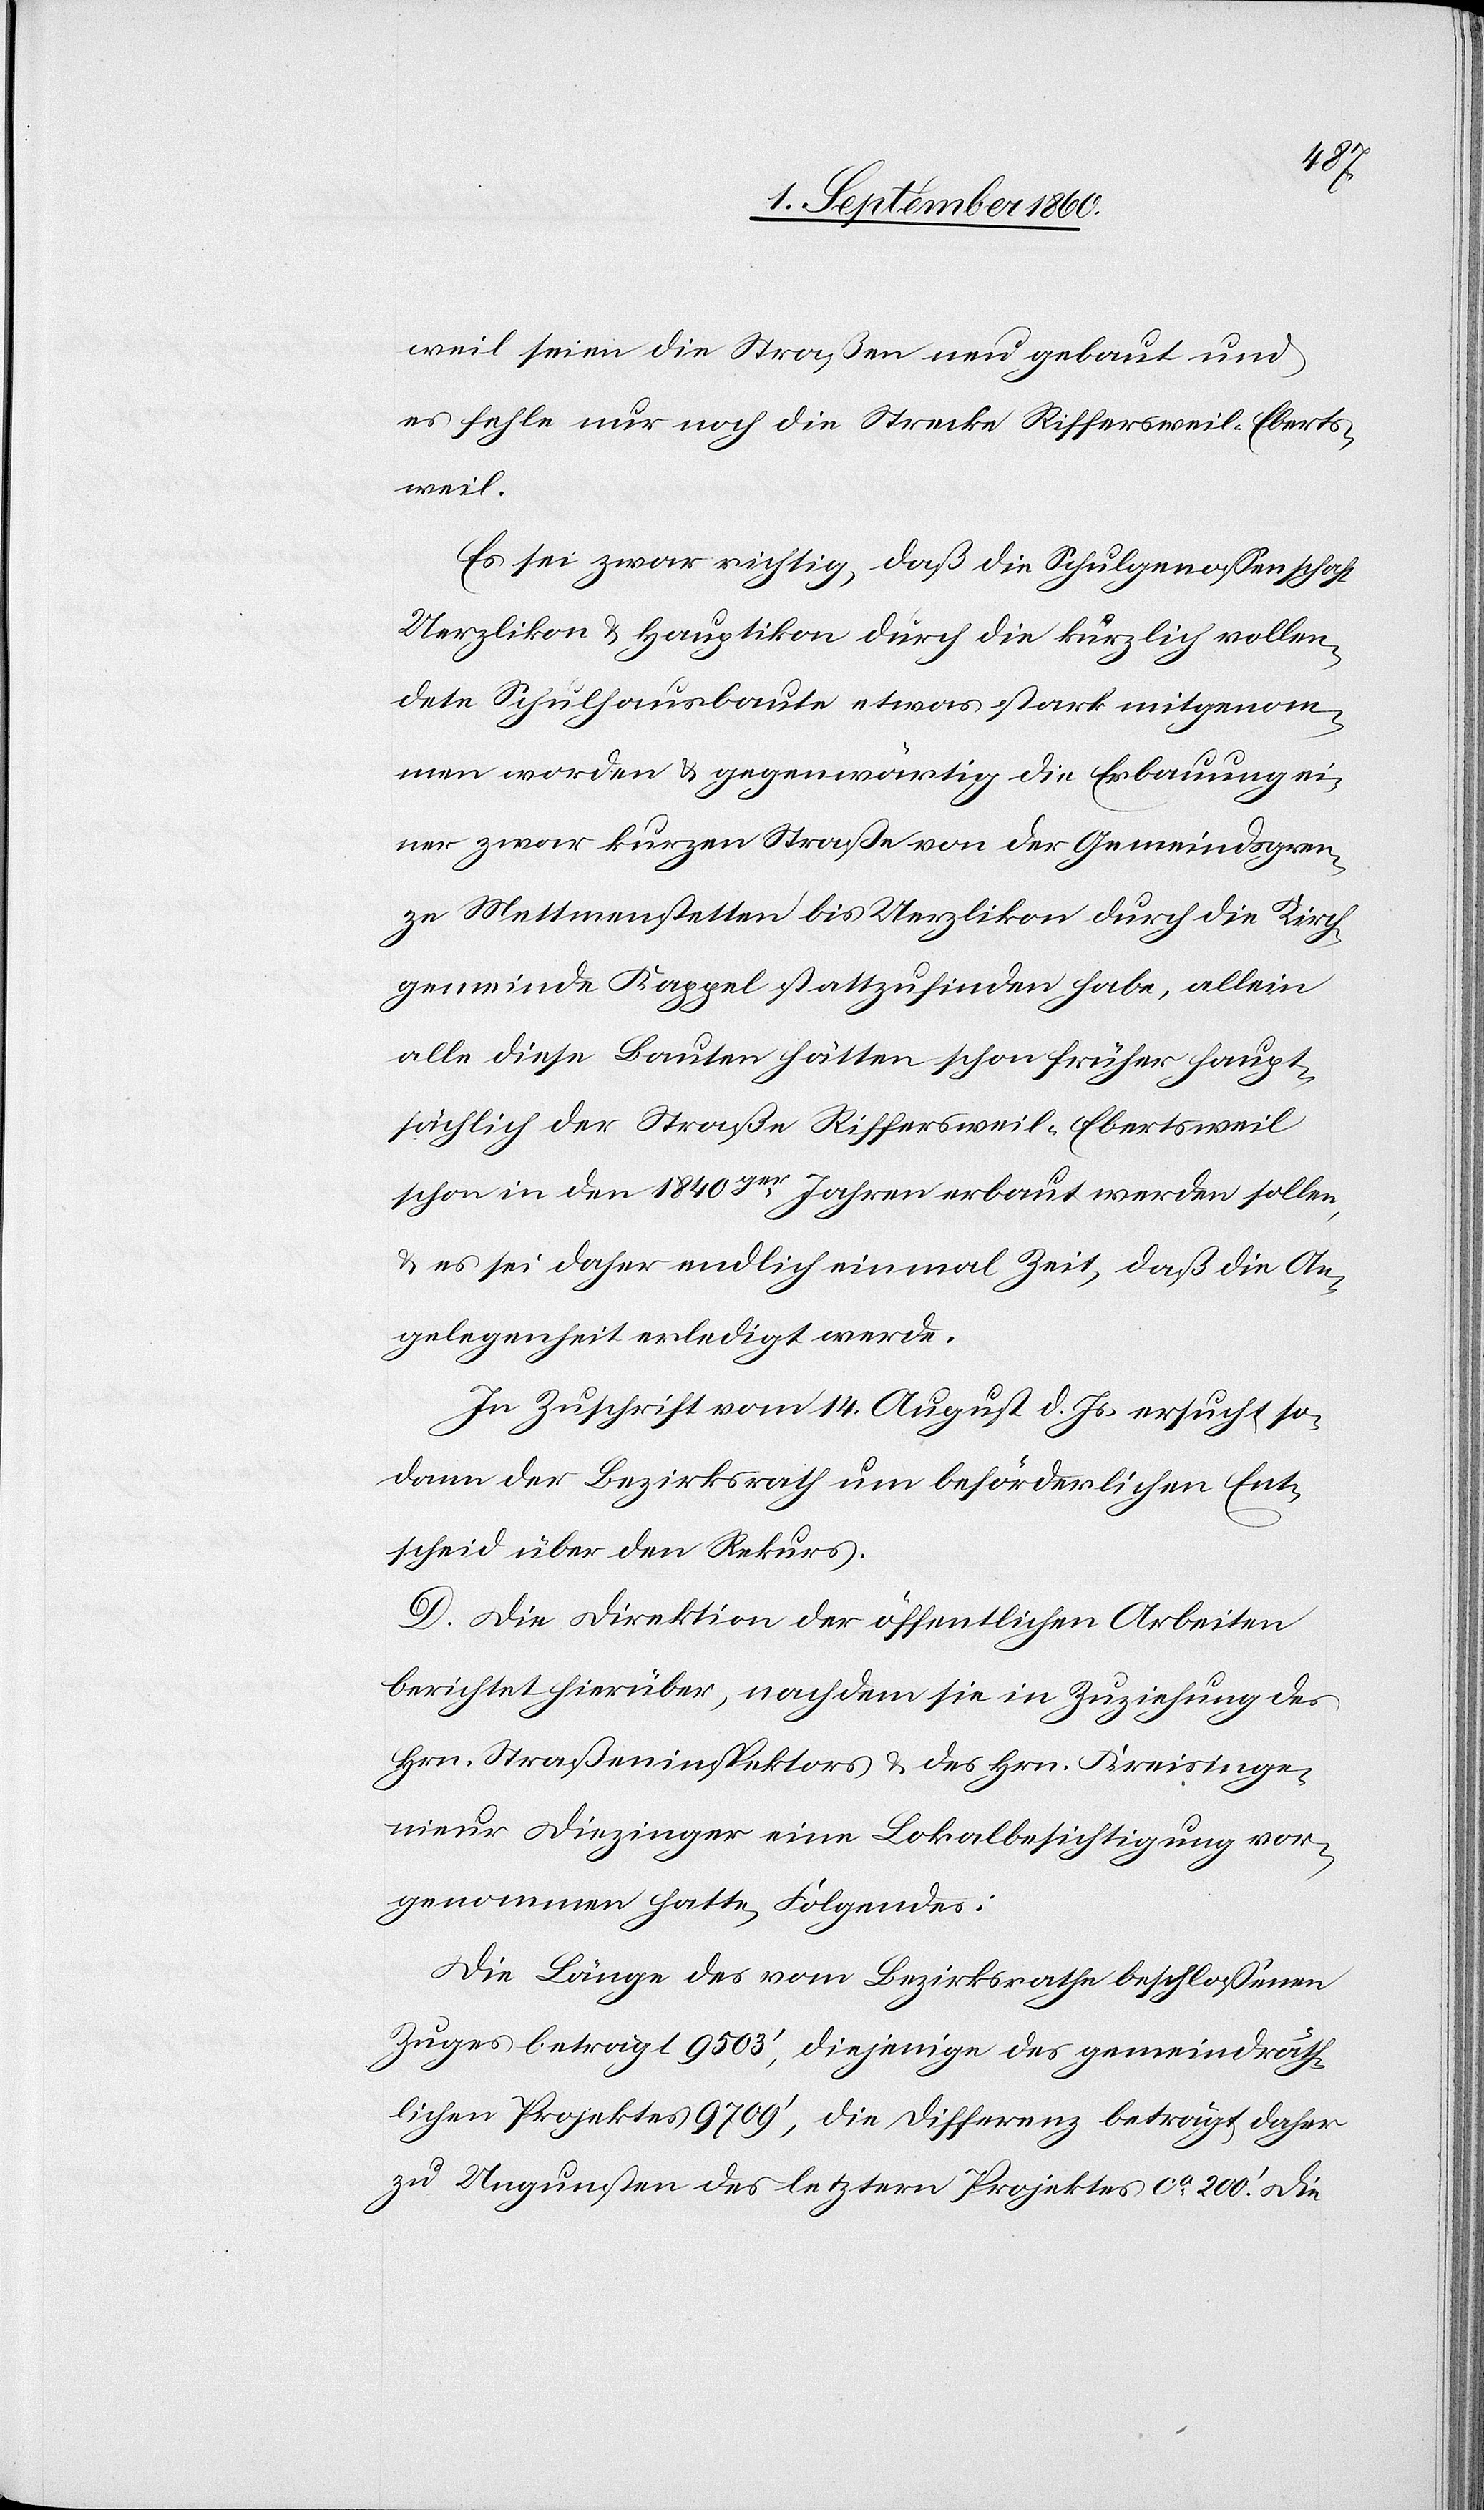
Eberst¬
weil seien die Strassen neu gebaut u.
es fehle nur noch die Strecke Riffersweil-Eberts¬
weil.
Es sei zwar richtig, dass die Schulgenossenschaft
Uerzlikon u. Hauptikon durch die kürzlich vollen¬
dete Schulhausbaute etwas stark mitgenom¬
men worden u. gegenwärtig die Erbauung ei¬
ner zwar kurzen Strasse von der Gemeindsgren¬
ze Mettmenstetten bis Uerzlikon durch die Kirch¬
gemeinde Kappel Statt zu finden habe, allein
alle diese Bauten hätten schon früher, haupt¬
sächlich der Strasse Riffersweil-Ebertsweil
schon in den 1840ger Jahren erbaut werden sollen,
u. es sei daher endlich einmal Zeit, dass die An¬
gelegenheit erledigt werde.
In Zuschrift vom 14. August d. Js. ersucht so¬
dann der Bezirksrath um beförderlichen Ent¬
scheid über den Rekurs.
D. Die Direktion der öffentlichen Arbeiten
berichtet hierüber, nachdem sie in Zuziehung des
Hrn. Strasseninspektors u. des Hrn. Kreisinge¬
nieur Diezinger eine Lokalbesichtigung vor¬
genommen hatte, Folgendes:
Die Länge des vom Bezirksrathe beschlossenen
Zuges beträgt 9503’, diejenige des gemeindräth¬
lichen Projektes 9709’, die Differenz beträgt daher
zu Ungunsten des letztern Projektes ca 200’. Die